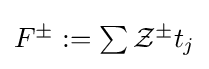
{\textstyle F^{\pm }:=\sum {\mathcal {Z}}^{\pm }t_{j}}